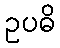
ဥပဓိ